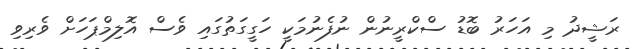
ރަޝީދު މި އަހަރު ބޮޑު ސްކްރީނުން ނުފެނުމަކީ ހަގީގަތުގައި ވެސް އޮލިމްޕަހަށް ވެރިވި